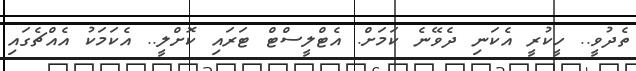
ތެދުވީ.. ހީކުރީ އެކަނި ދެވޭނެ ކަމަށް. އެޓްލީސްޓް ޓަރައި ކޮށްލީ.. އެކަމަކު އެއްޗެގައި